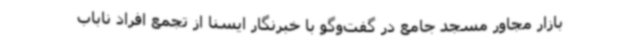
بازار مجاور مسجد جامع در گفت‌وگو با خبرنگار ایسنا از تجمع افراد ناباب